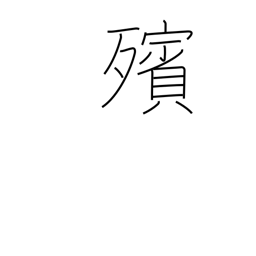
Meaning: lying in state